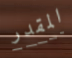
المقدر